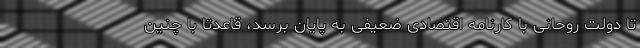
تا دولت روحانی با کارنامه اقتصادی ضعیفی به پایان برسد، قاعدتا با چنین